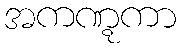
အကဏ္ဋကာ